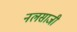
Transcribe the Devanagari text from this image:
नलसाजी